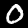
Label: 0